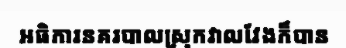
អធិការនគរបាលស្រុកវាលវែងក៏បាន